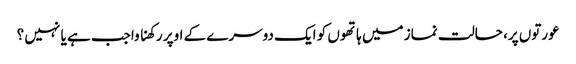
عورتوں پر، حالت نماز میں ہاتھوں کو ایک دوسرے کے اوپر رکھنا واجب ہے یا نہیں ؟